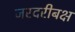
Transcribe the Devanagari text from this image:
जरदरीबक्ष